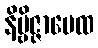
နိဗ္ဗိဇ္ဇာပေထ